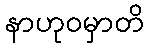
နာဟုဝမှာတိ